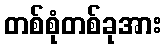
တစ်စုံတစ်ခုအား